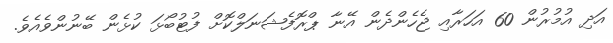
އަދި އުމުރުން 60 އަހަރާއި ޖެހެންދެން އޭނާ ޕްރޮފެޝަނަލްކޮށް ފުޓުބޯޅަ ކުޅެން ބޭނުންވެއެވެ.